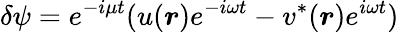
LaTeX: \delta\psi=e^{-i\mu t}(u({\boldsymbol{r}})e^{-i\omega t}-v^{*}({\boldsymbol{r}})e^{i\omega t})